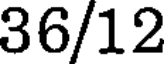
36/12